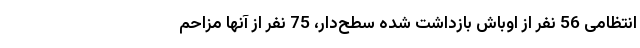
انتظامی 56 نفر از اوباش بازداشت شده سطح‌دار، 75 نفر از آنها مزاحم